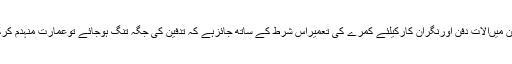
تاہم قبرستان کی زمین میںآلات ِدفن اورنگران کارکیلئے کمرے کی تعمیراس شرط کے ساتھ جائزہے کہ تدفین کی جگہ تنگ ہوجائے توعمارت منہدم کرکے تدفین کی جائے۔